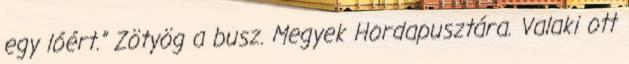
egy lóért.” Zötyög a busz. Megyek Hordapusztára. Valaki ott